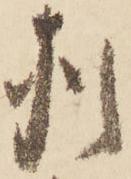
猶